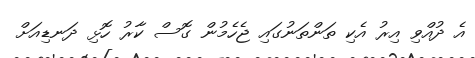
އެ ދުއްވި އިރު އެކި ތަންތަނުގައި ޖެހެމުން ގޮސް ކާރު ހޮޅި ދަނޑިއަށް